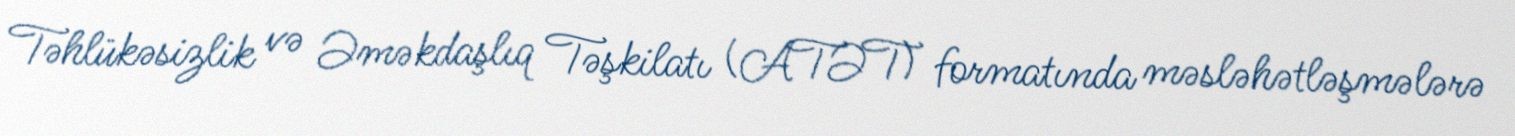
Təhlükəsizlik və Əməkdaşlıq Təşkilatı (ATƏT) formatında məsləhətləşmələrə